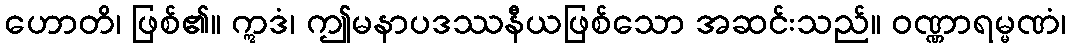
ဟောတိ၊ ဖြစ်၏။ ဣဒံ၊ ဤမနာပဒဿနီယဖြစ်သော အဆင်းသည်။ ဝဏ္ဏာရမ္မဏံ၊